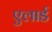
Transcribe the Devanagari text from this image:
एलार्ड